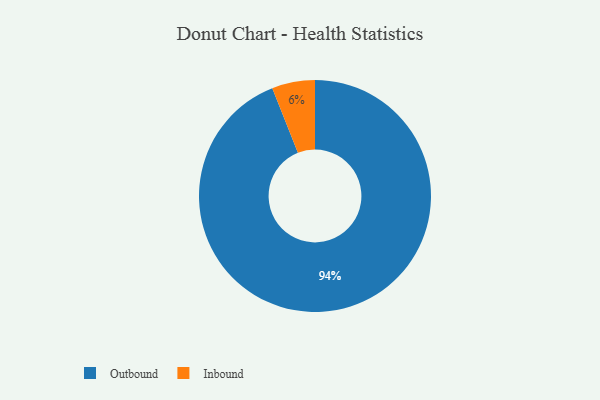
{"axis": {"x": "Category", "y": "Percentage"}, "legend": ["Inbound", "Outbound"], "data": [{"x": "Inbound", "y": 6, "type": "Inbound"}, {"x": "Outbound", "y": 94, "type": "Outbound"}]}